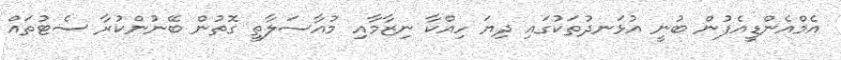
އެމްއެންޑީއެފުން ބުނީ އުޅަނދުތަކުގައި ދިޔަ ހިއްކާ ނިޒާމާއި މުއާސަލާތީ ގޮތުން ބޭނުންކުރާ ސެޓުތައް